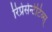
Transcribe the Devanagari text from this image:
रिप्रेसेन्टेटिव्स्